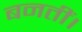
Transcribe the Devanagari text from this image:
बनतीं।